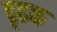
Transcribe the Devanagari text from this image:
दृढक